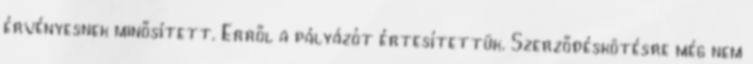
érvényesnek minősített. Erről a pályázót értesítettük. Szerződéskötésre még nem